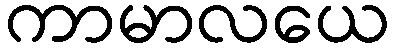
ကာမာလယေ